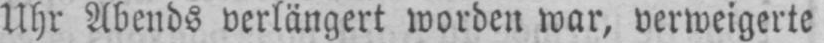
Uhr Abends verlängert worden war, verweigerte